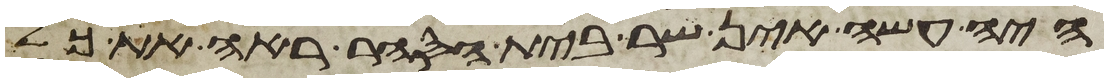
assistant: היה עשה אין שר בית הסחר ראה את כל